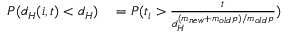
\begin{array} { r l } { P ( d _ { H } ( i , t ) < d _ { H } ) } & { { } = P ( t _ { i } > \frac { t } { d _ { H } ^ { ( m _ { n e w } + m _ { o l d } p ) / m _ { o l d } p } } ) } \end{array}